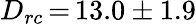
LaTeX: D_{rc}\, {=}\, 13.0\pm 1.9